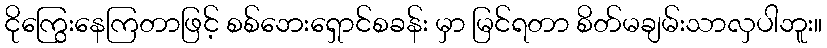
ငိုကြွေးနေကြတာဖြင့် စစ်ဘေးရှောင်စခန်း မှာ မြင်ရတာ စိတ်မချမ်းသာလှပါဘူး။